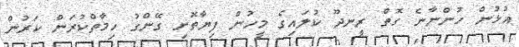
އުޅުން ހުންނާނެ ގޮތް ރީނދޫ ކުލައިގެ މީހުން ފިޔާތޮށި ގޭންގު ހިމާތްކުރަން ކަރުން